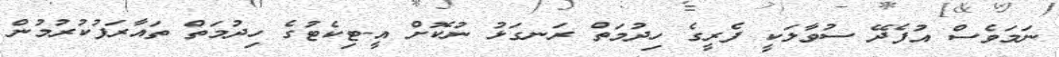
ނަމަވެސް އުފެދޭ ސުވާލަކީ ފެރީގެ ހިދުމަތް ރަނގަޅު ނުކޮށް އީ-ޓިކެޓުގެ ހިދުމަތް ތައާރަފުކުރުމުން